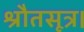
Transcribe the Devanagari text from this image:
श्रौतसूत्र।